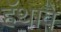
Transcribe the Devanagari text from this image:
हॅथावे